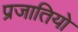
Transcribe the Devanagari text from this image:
प्रजातियो